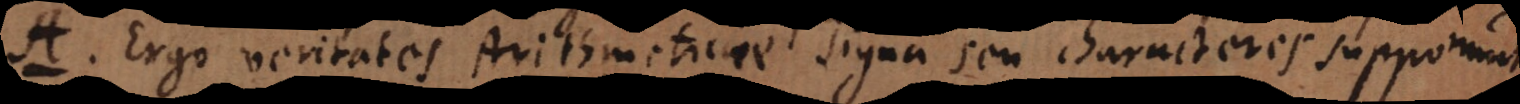
A. Ergo veritates Arithmeticae signa seu characteres supponunt